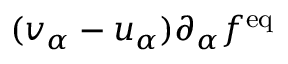
( v _ { \alpha } - u _ { \alpha } ) \partial _ { \alpha } f ^ { \mathrm { e q } }